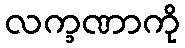
လက္ခဏာကို